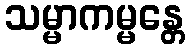
သမ္မာကမ္မန္တေ